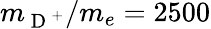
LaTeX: m_{\mathrm{~D~}^{+}}/m_{e}=2500